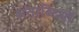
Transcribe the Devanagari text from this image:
शताब्‍दियों